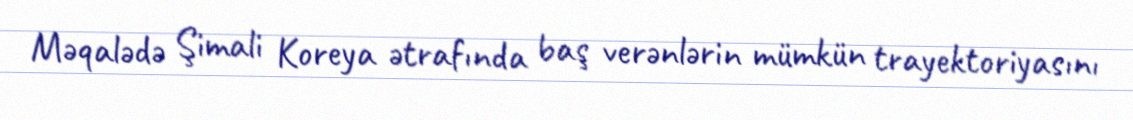
Məqalədə Şimali Koreya ətrafında baş verənlərin mümkün trayektoriyasını